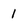
Character: I